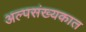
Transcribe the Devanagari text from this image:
अल्पसंख्यकात